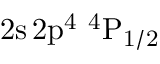
\mathrm { 2 s \, 2 p ^ { 4 } ~ ^ { 4 } P _ { 1 / 2 } }